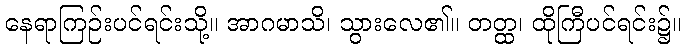
နေရာကြဉ်းပင်ရင်းသို့။ အာဂမာသိ၊ သွားလေ၏။ တတ္ထ၊ ထိုကြီပင်ရင်း၌။